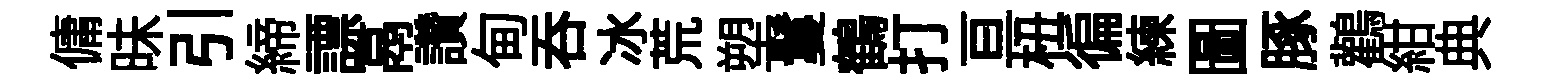
傭昧引締謤鬲讚甸吞冰荒塑鬘鶴打亘杻徧練圖䐁鸛紺典